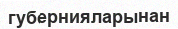
губернияларынан